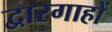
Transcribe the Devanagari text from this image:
द्वारगाहों